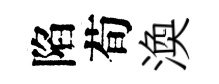
陷荀渙